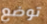
توضع